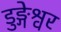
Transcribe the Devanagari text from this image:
डुङ्गेश्वर